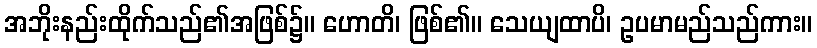
အဘိုးနည်းထိုက်သည်၏အဖြစ်၌။ ဟောတိ၊ ဖြစ်၏။ သေယျထာပိ၊ ဥပမာမည်သည်ကား။